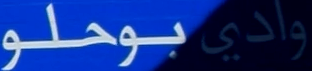
وادي بوحلو